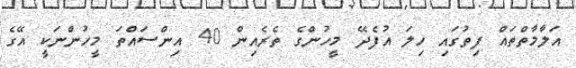
އަލާމާތްތައް ފިތުގައި ހިލަ އުފެދޭ މީހުންގެ ތެރެއިން 40 އިންސައްތަ މީހުންނަކީ އޭގެ